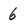
Character: 6